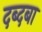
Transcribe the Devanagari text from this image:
दब्दबा